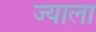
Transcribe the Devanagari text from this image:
ज्‍याला